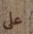
على